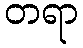
တရာ